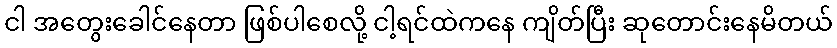
ငါ အတွေးခေါင်နေတာ ဖြစ်ပါစေလို့ ငါ့ရင်ထဲကနေ ကျိတ်ပြီး ဆုတောင်းနေမိတယ်